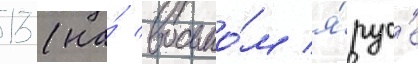
13 (на́ восьмо́м я́рус'е